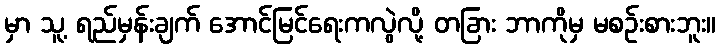
မှာ သူ့ ရည်မှန်းချက် အောင်မြင်ရေးကလွဲလို့ တခြား ဘာကိုမှ မစဉ်းစားဘူး။